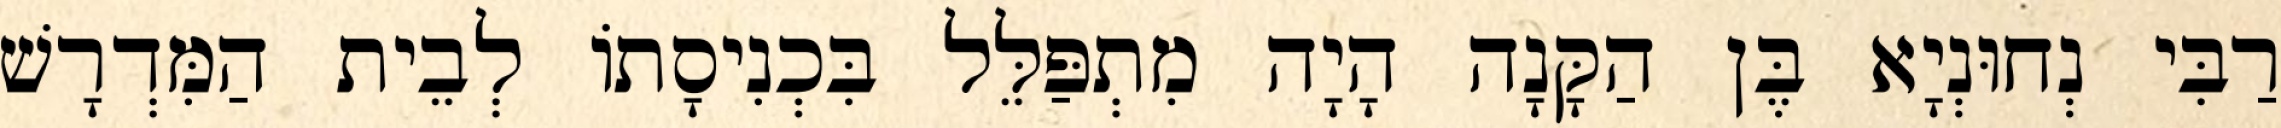
רַבִּי נְחוּנְיָא בֶּן הַקָּנָה הָיָה מִתְפַּלֵּל בִּכְנִיסָתוֹ לְבֵית הַמִּדְרָשׁ